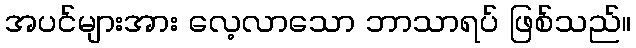
အပင်များအား လေ့လာသော ဘာသာရပ် ဖြစ်သည်။